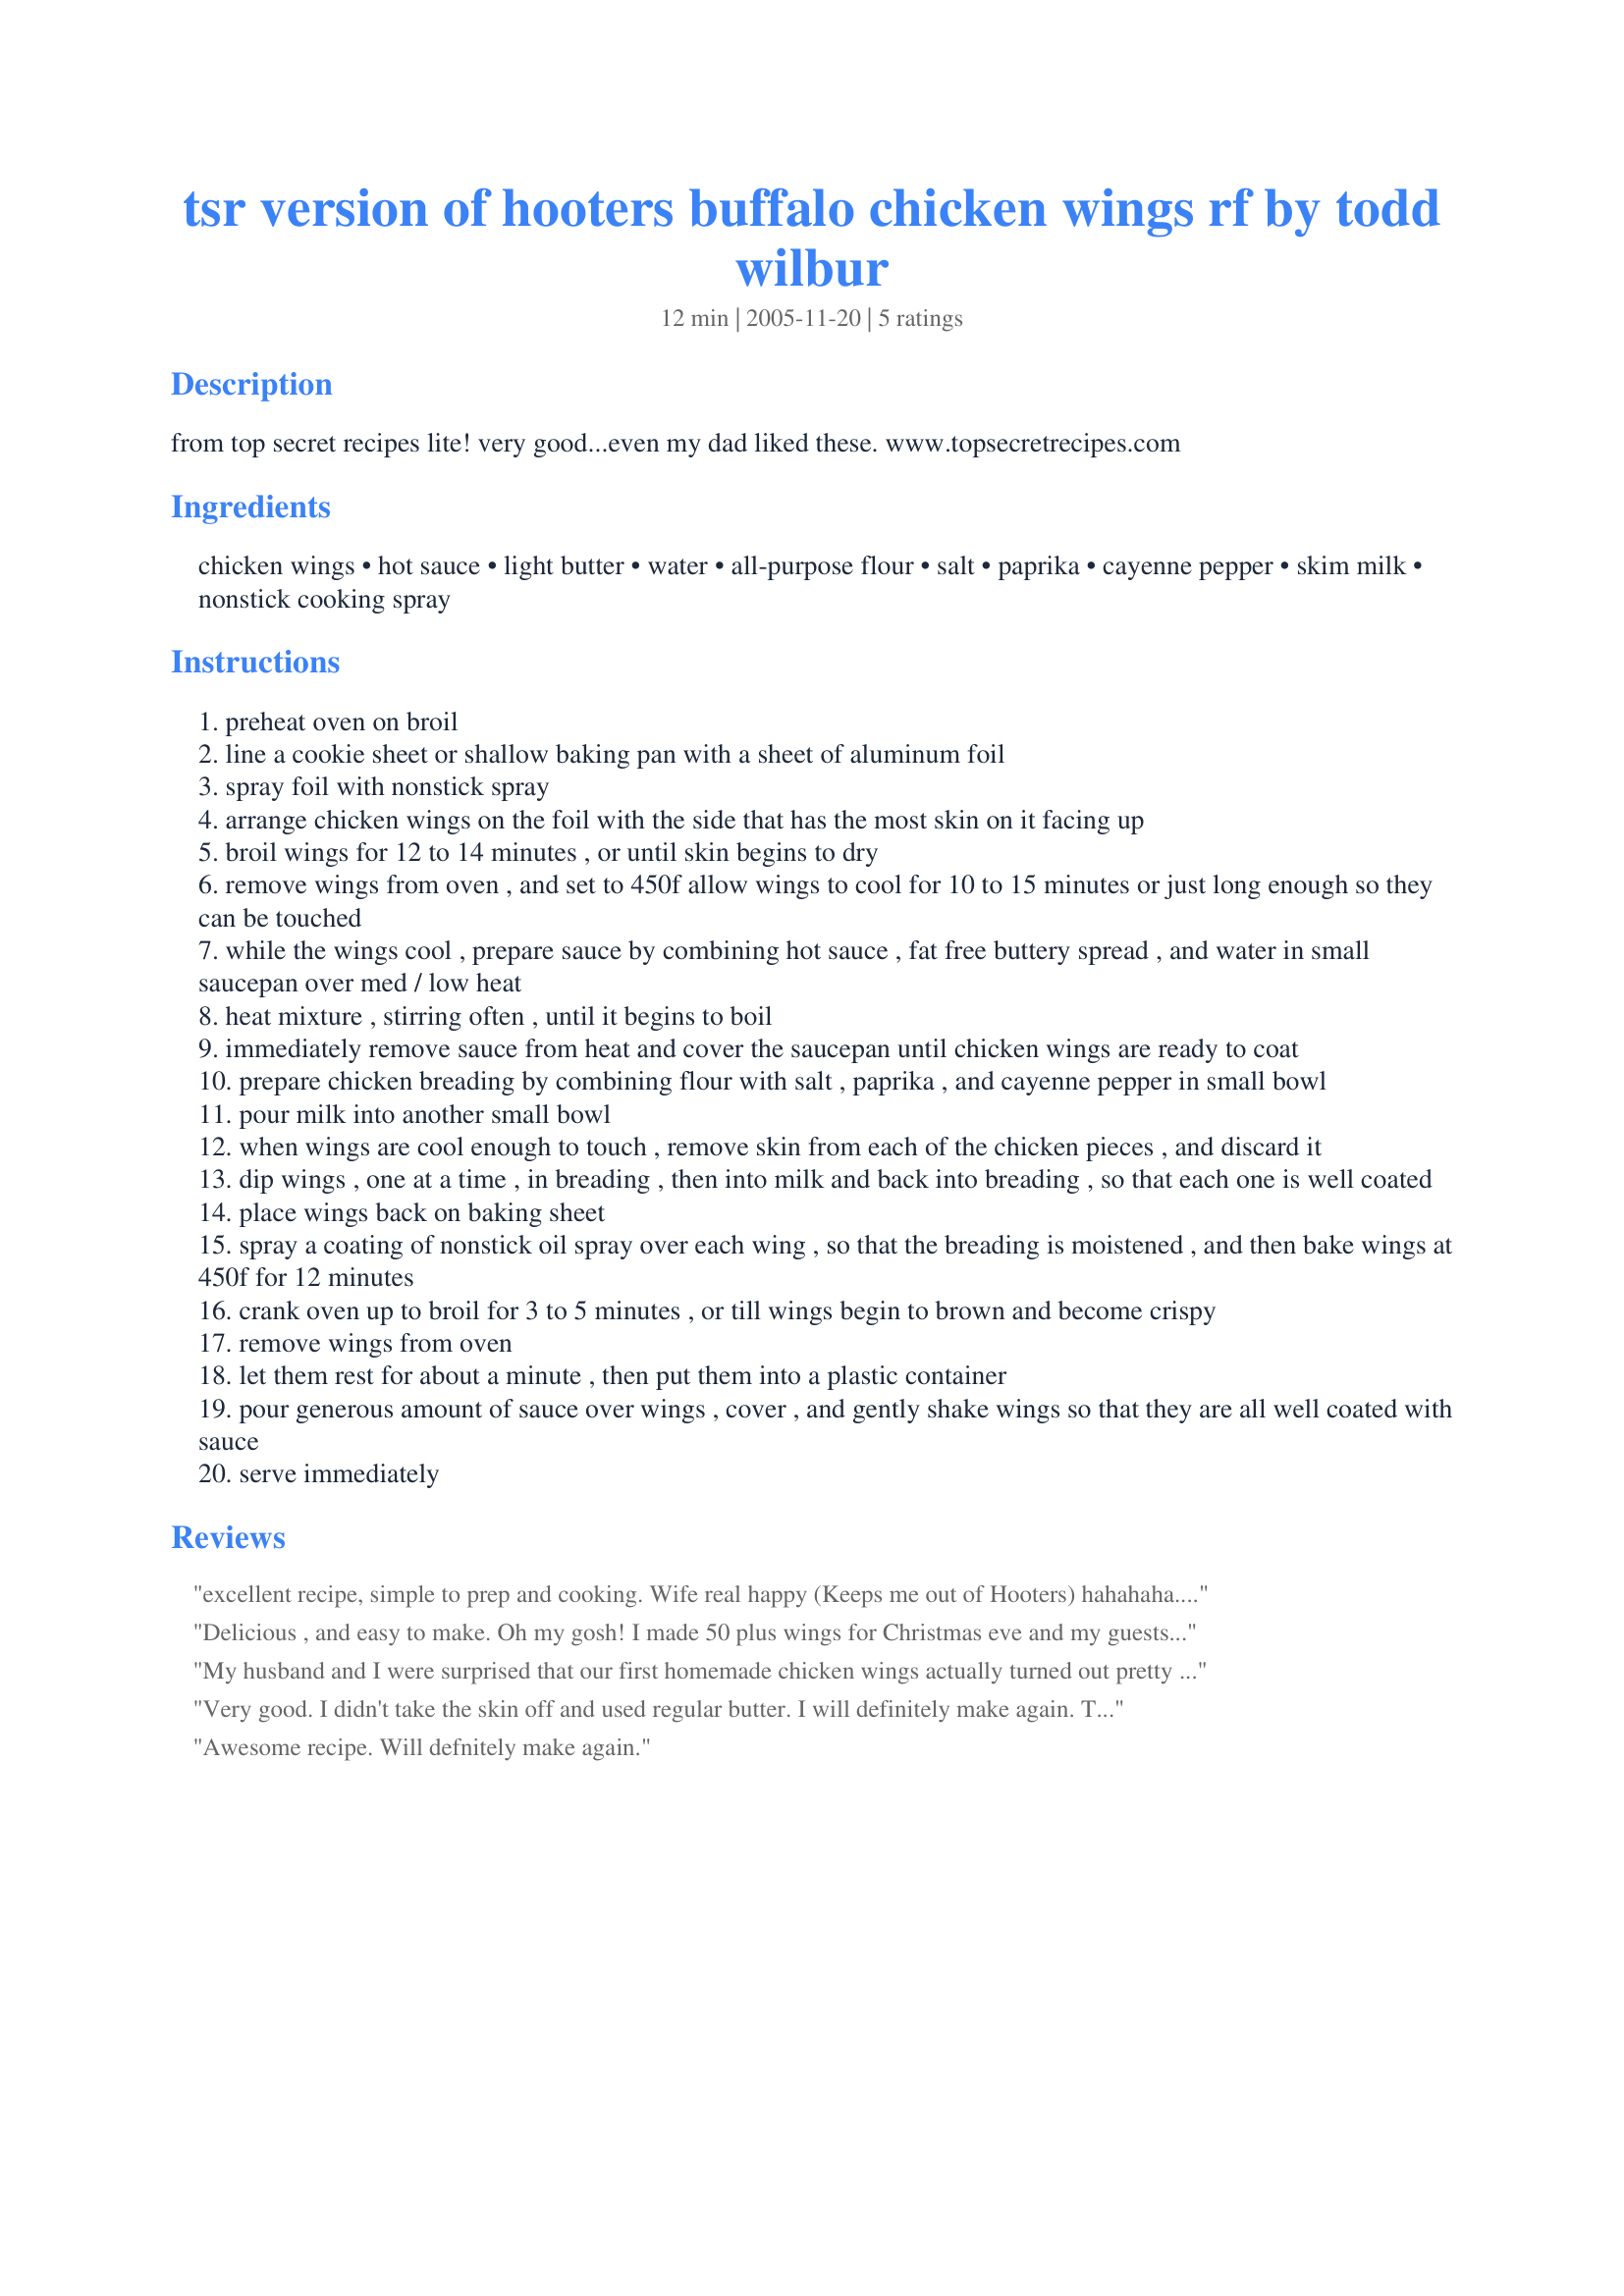
tsr version of hooters buffalo chicken wings rf by todd wilbur
Preparation time: 12 minutes

from top secret recipes lite! very good...even my dad liked these.
www.topsecretrecipes.com

Ingredients:
chicken wings, hot sauce, light butter, water, all-purpose flour, salt, paprika, cayenne pepper, skim milk, nonstick cooking spray

Steps:
preheat oven on broil
line a cookie sheet or shallow baking pan with a sheet of aluminum foil
spray foil with nonstick spray
arrange chicken wings on the foil with the side that has the most skin on it facing up
broil wings for 12 to 14 minutes , or until skin begins to dry
remove wings from oven , and set to 450f allow wings to cool for 10 to 15 minutes or just long enough so they can be touched
while the wings cool , prepare sauce by combining hot sauce , fat free buttery spread , and water in small saucepan over med / low heat
heat mixture , stirring often , until it begins to boil
immediately remove sauce from heat and cover the saucepan until chicken wings are ready to coat
prepare chicken breading by combining flour with salt , paprika , and cayenne pepper in small bowl
pour milk into another small bowl
when wings are cool enough to touch , remove skin from each of the chicken pieces , and discard it
dip wings , one at a time , in breading , then into milk and back into breading , so that each one is well coated
place wings back on baking sheet
spray a coating of nonstick oil spray over each wing , so that the breading is moistened , and then bake wings at 450f for 12 minutes
crank oven up to broil for 3 to 5 minutes , or till wings begin to brown and become crispy
remove wings from oven
let them rest for about a minute , then put them into a plastic container
pour generous amount of sauce over wings , cover , and gently shake wings so that they are all well coated with sauce
serve immediately

Reviews:
excellent recipe, simple to prep and cooking. Wife real happy (Keeps me out of Hooters) hahahaha. Plan on throwing down a bunch of these this football season. Sorry Hooters but I have the recipe, the beers, now if I could my wife in a pair of the orange shorts. hahaha
Delicious , and easy to make. Oh my gosh! I made 50 plus wings for Christmas eve and my guests went nuts over them and said they wanted the recipe.They were gone in no time between the nine of us. One guest saying he eats wings at least two times a week and felt he was an expert said they were the best he's ever had! I was floored!
My husband and I were surprised that our first homemade chicken wings actually turned out pretty good. Next time I will probably broil the wings a little after coating them with the sauce to keep them crispy. I also found it easier to just put the flour mixture into a tupperware bowl and shake the wings around to coat them. I tried coating & dipping them in the milk individually first, but it was just too messy. It will be fun to experiment with different hot sauces and tweak the flavorings a little. Thanks!
Very good. I didn't take the skin off and used regular butter. I will definitely make again. Thank you!
Awesome recipe. Will defnitely make again.
